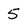
Character: 5